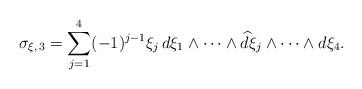
LaTeX: \begin{align*}\sigma_{\xi, \, 3} = \sum_{j=1}^4 (-1)^{j-1} \xi_j \, d\xi_1 \wedge \cdots \wedge {\widehat d \xi_j} \wedge \cdots \wedge d \xi_4.\end{align*}